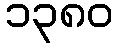
၁၃၈၀